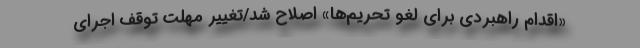
«اقدام راهبردی برای لغو تحریم‌ها» اصلاح شد/تغییر مهلت توقف اجرای